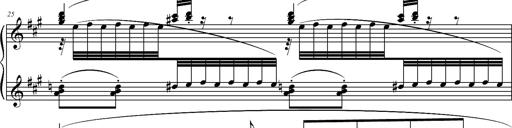
Title: 2 LÃ©gendes
Composer: Franz Liszt